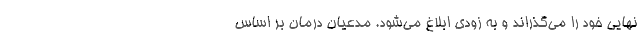
نهایی خود را می‌گذراند و به زودی ابلاغ می‌شود. مدعیان درمان بر اساس